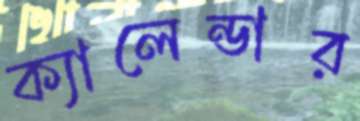
ক্যালেন্ডার